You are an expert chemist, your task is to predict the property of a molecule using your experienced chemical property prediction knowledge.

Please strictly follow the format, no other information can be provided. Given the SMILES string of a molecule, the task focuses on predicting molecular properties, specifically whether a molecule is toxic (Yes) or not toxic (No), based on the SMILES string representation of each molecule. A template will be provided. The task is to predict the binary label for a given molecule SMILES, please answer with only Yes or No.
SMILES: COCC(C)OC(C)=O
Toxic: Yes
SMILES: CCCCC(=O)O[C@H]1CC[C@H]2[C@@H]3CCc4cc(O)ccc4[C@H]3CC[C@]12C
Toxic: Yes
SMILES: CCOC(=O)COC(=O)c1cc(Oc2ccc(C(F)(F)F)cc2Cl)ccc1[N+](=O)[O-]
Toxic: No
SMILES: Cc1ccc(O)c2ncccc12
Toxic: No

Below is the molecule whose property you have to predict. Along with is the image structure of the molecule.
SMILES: CC1=C(O)C(=O)C(C)O1
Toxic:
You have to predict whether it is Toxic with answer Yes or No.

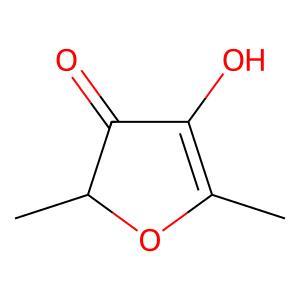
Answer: No